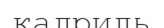
кадриль